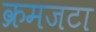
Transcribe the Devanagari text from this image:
क्रमजटा